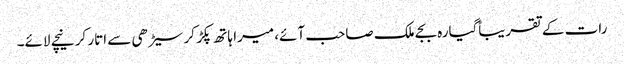
رات کے تقریباًگیارہ بجے ملک صاحب آئے، میرا ہاتھ پکڑ کر سیڑھی سے اتار کر نیچے لائے۔